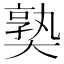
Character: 𡙰